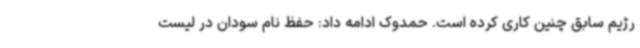
رژیم سابق چنین کاری کرده است. حمدوک ادامه داد: حفظ نام سودان در لیست